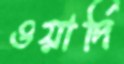
ওয়ার্দি